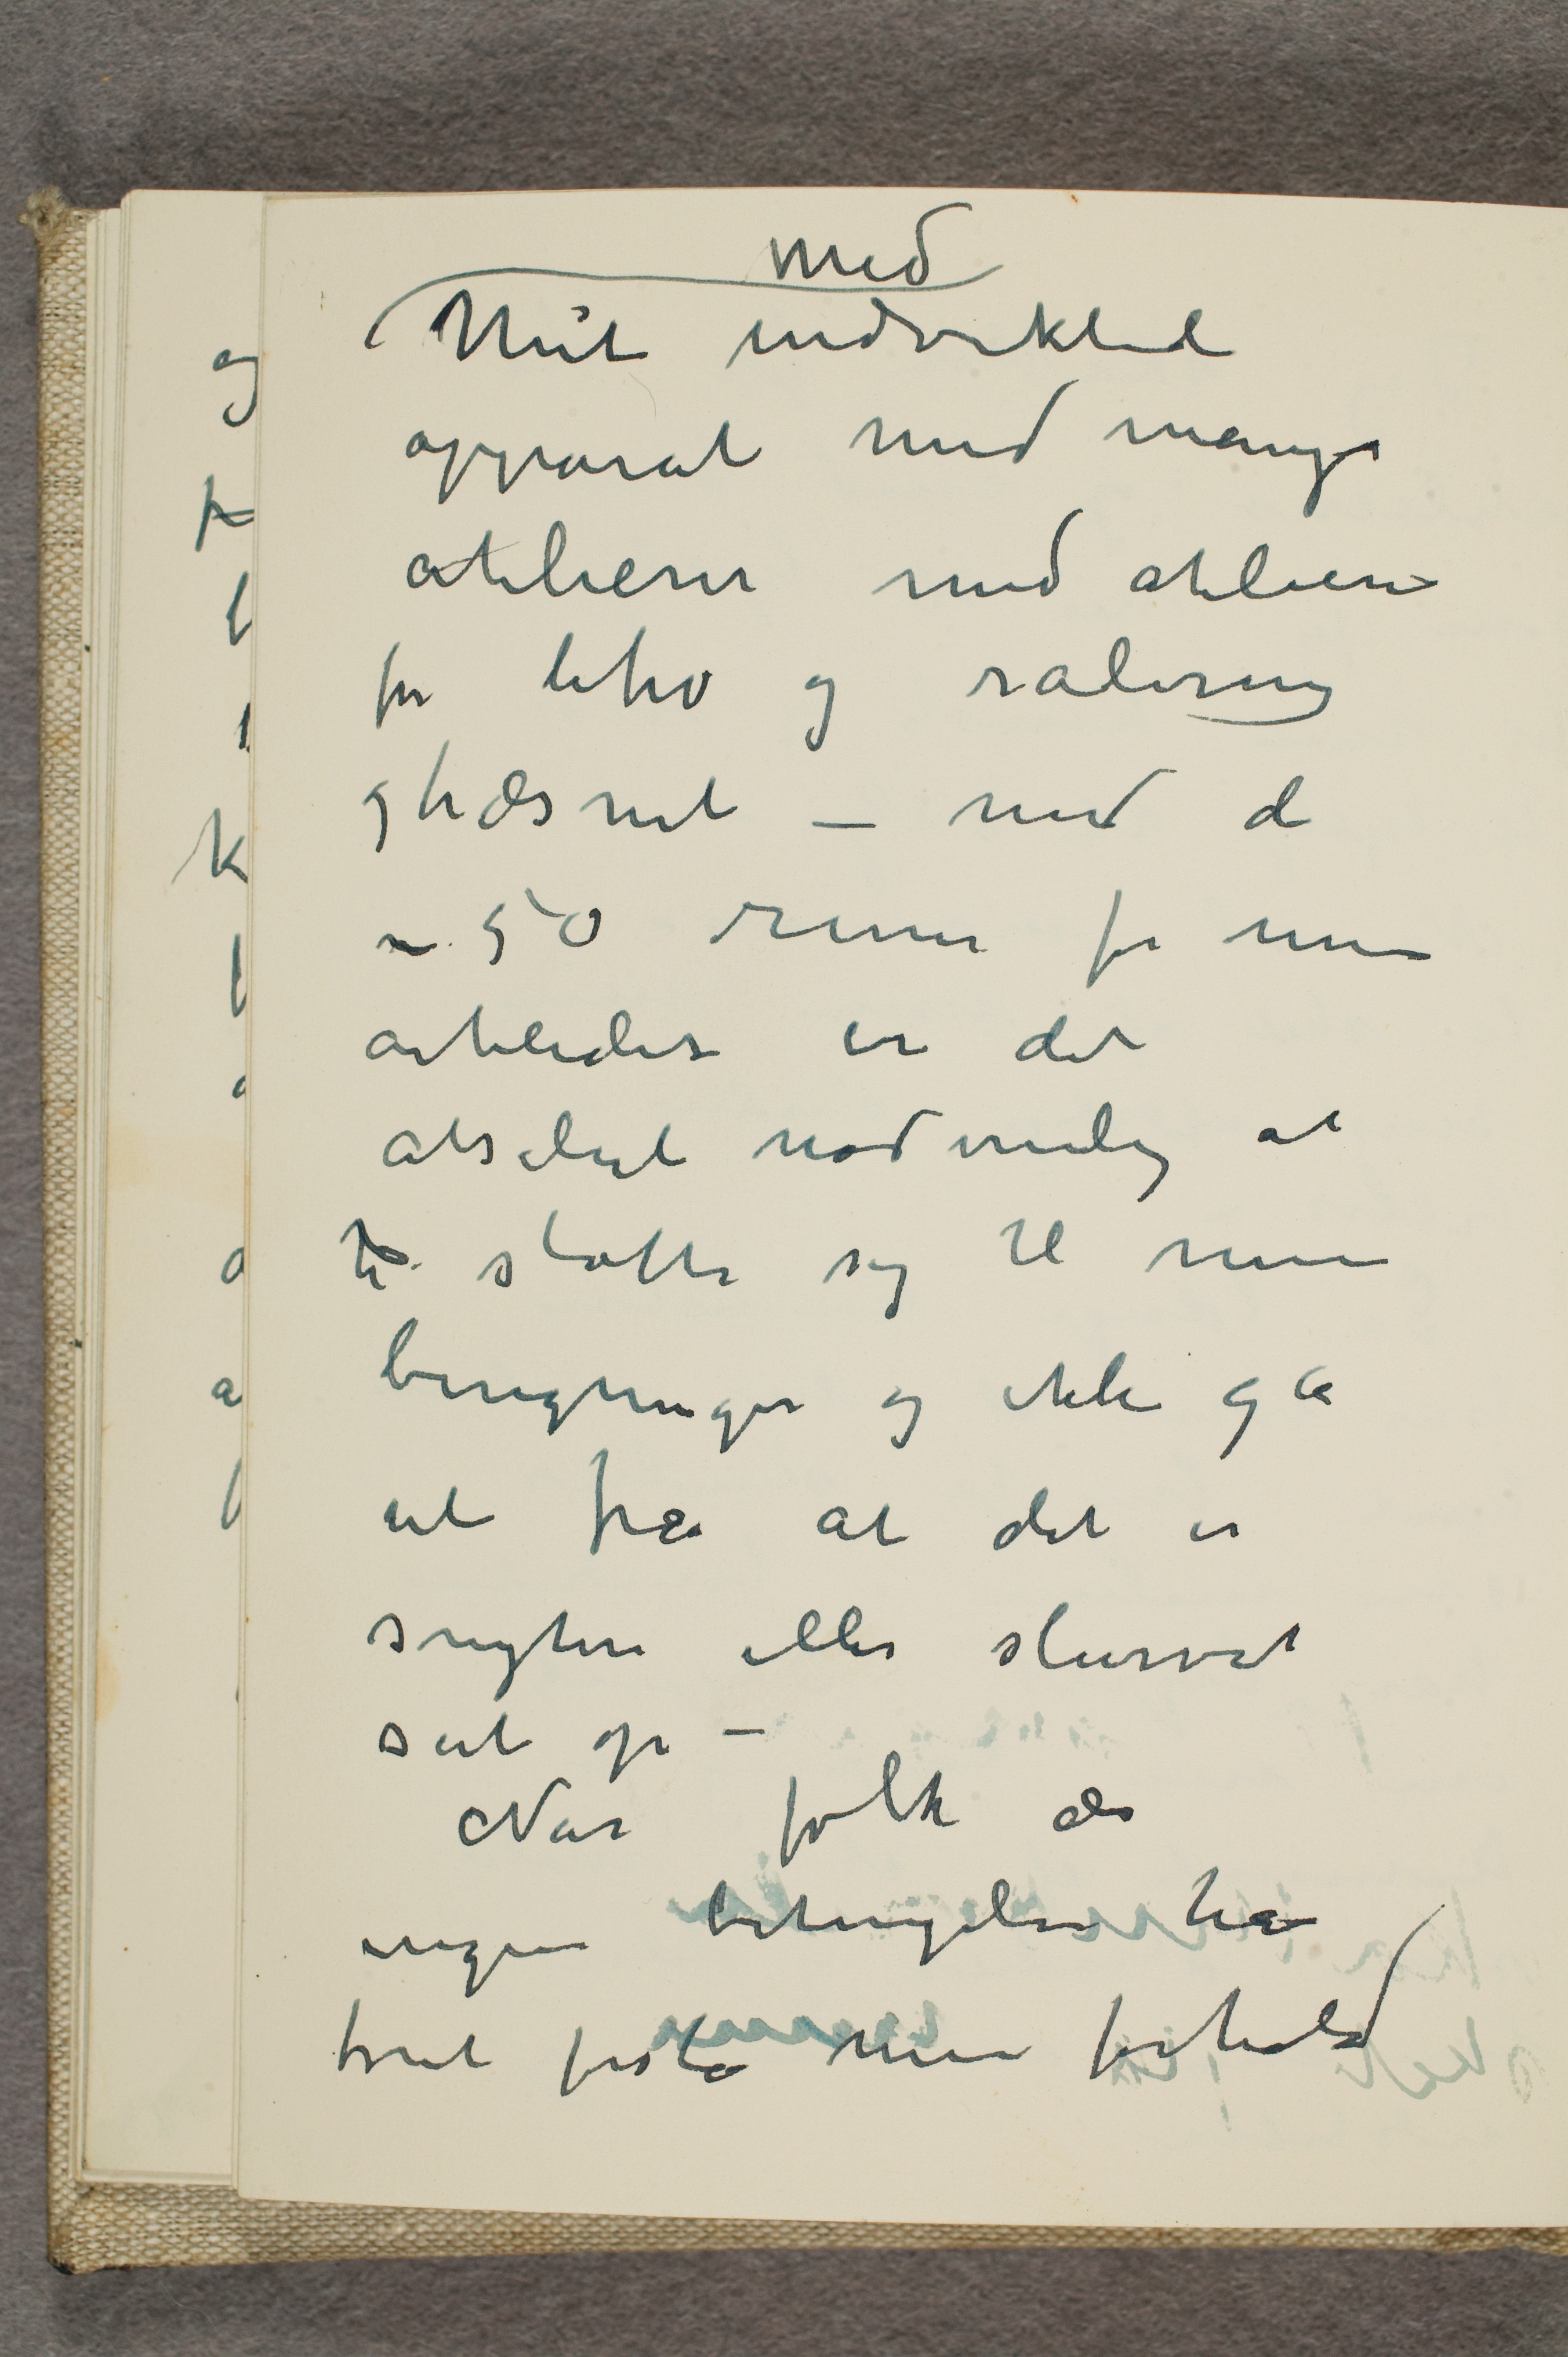
Med
Mit indviklede
apparat med mange
atelierer med atelierene
for litho og radering
og træsnit - med de
- 50 rum for mine
arbeider er det
absolut nødvendig at
... støtte sig til mine
beregninger og ikke gå
ut fra at det er
snyteri eller slurvet
sat op -
Når folk der
ingen betingelse har
forat forstå mine forhold